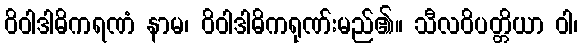
ဝိဝါဒါဓိကရဏံ နာမ၊ ဝိဝါဒါဓိကရုဏ်းမည်၏။ သီလဝိပတ္တိယာ ဝါ၊